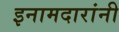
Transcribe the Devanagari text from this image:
इनामदारांनी